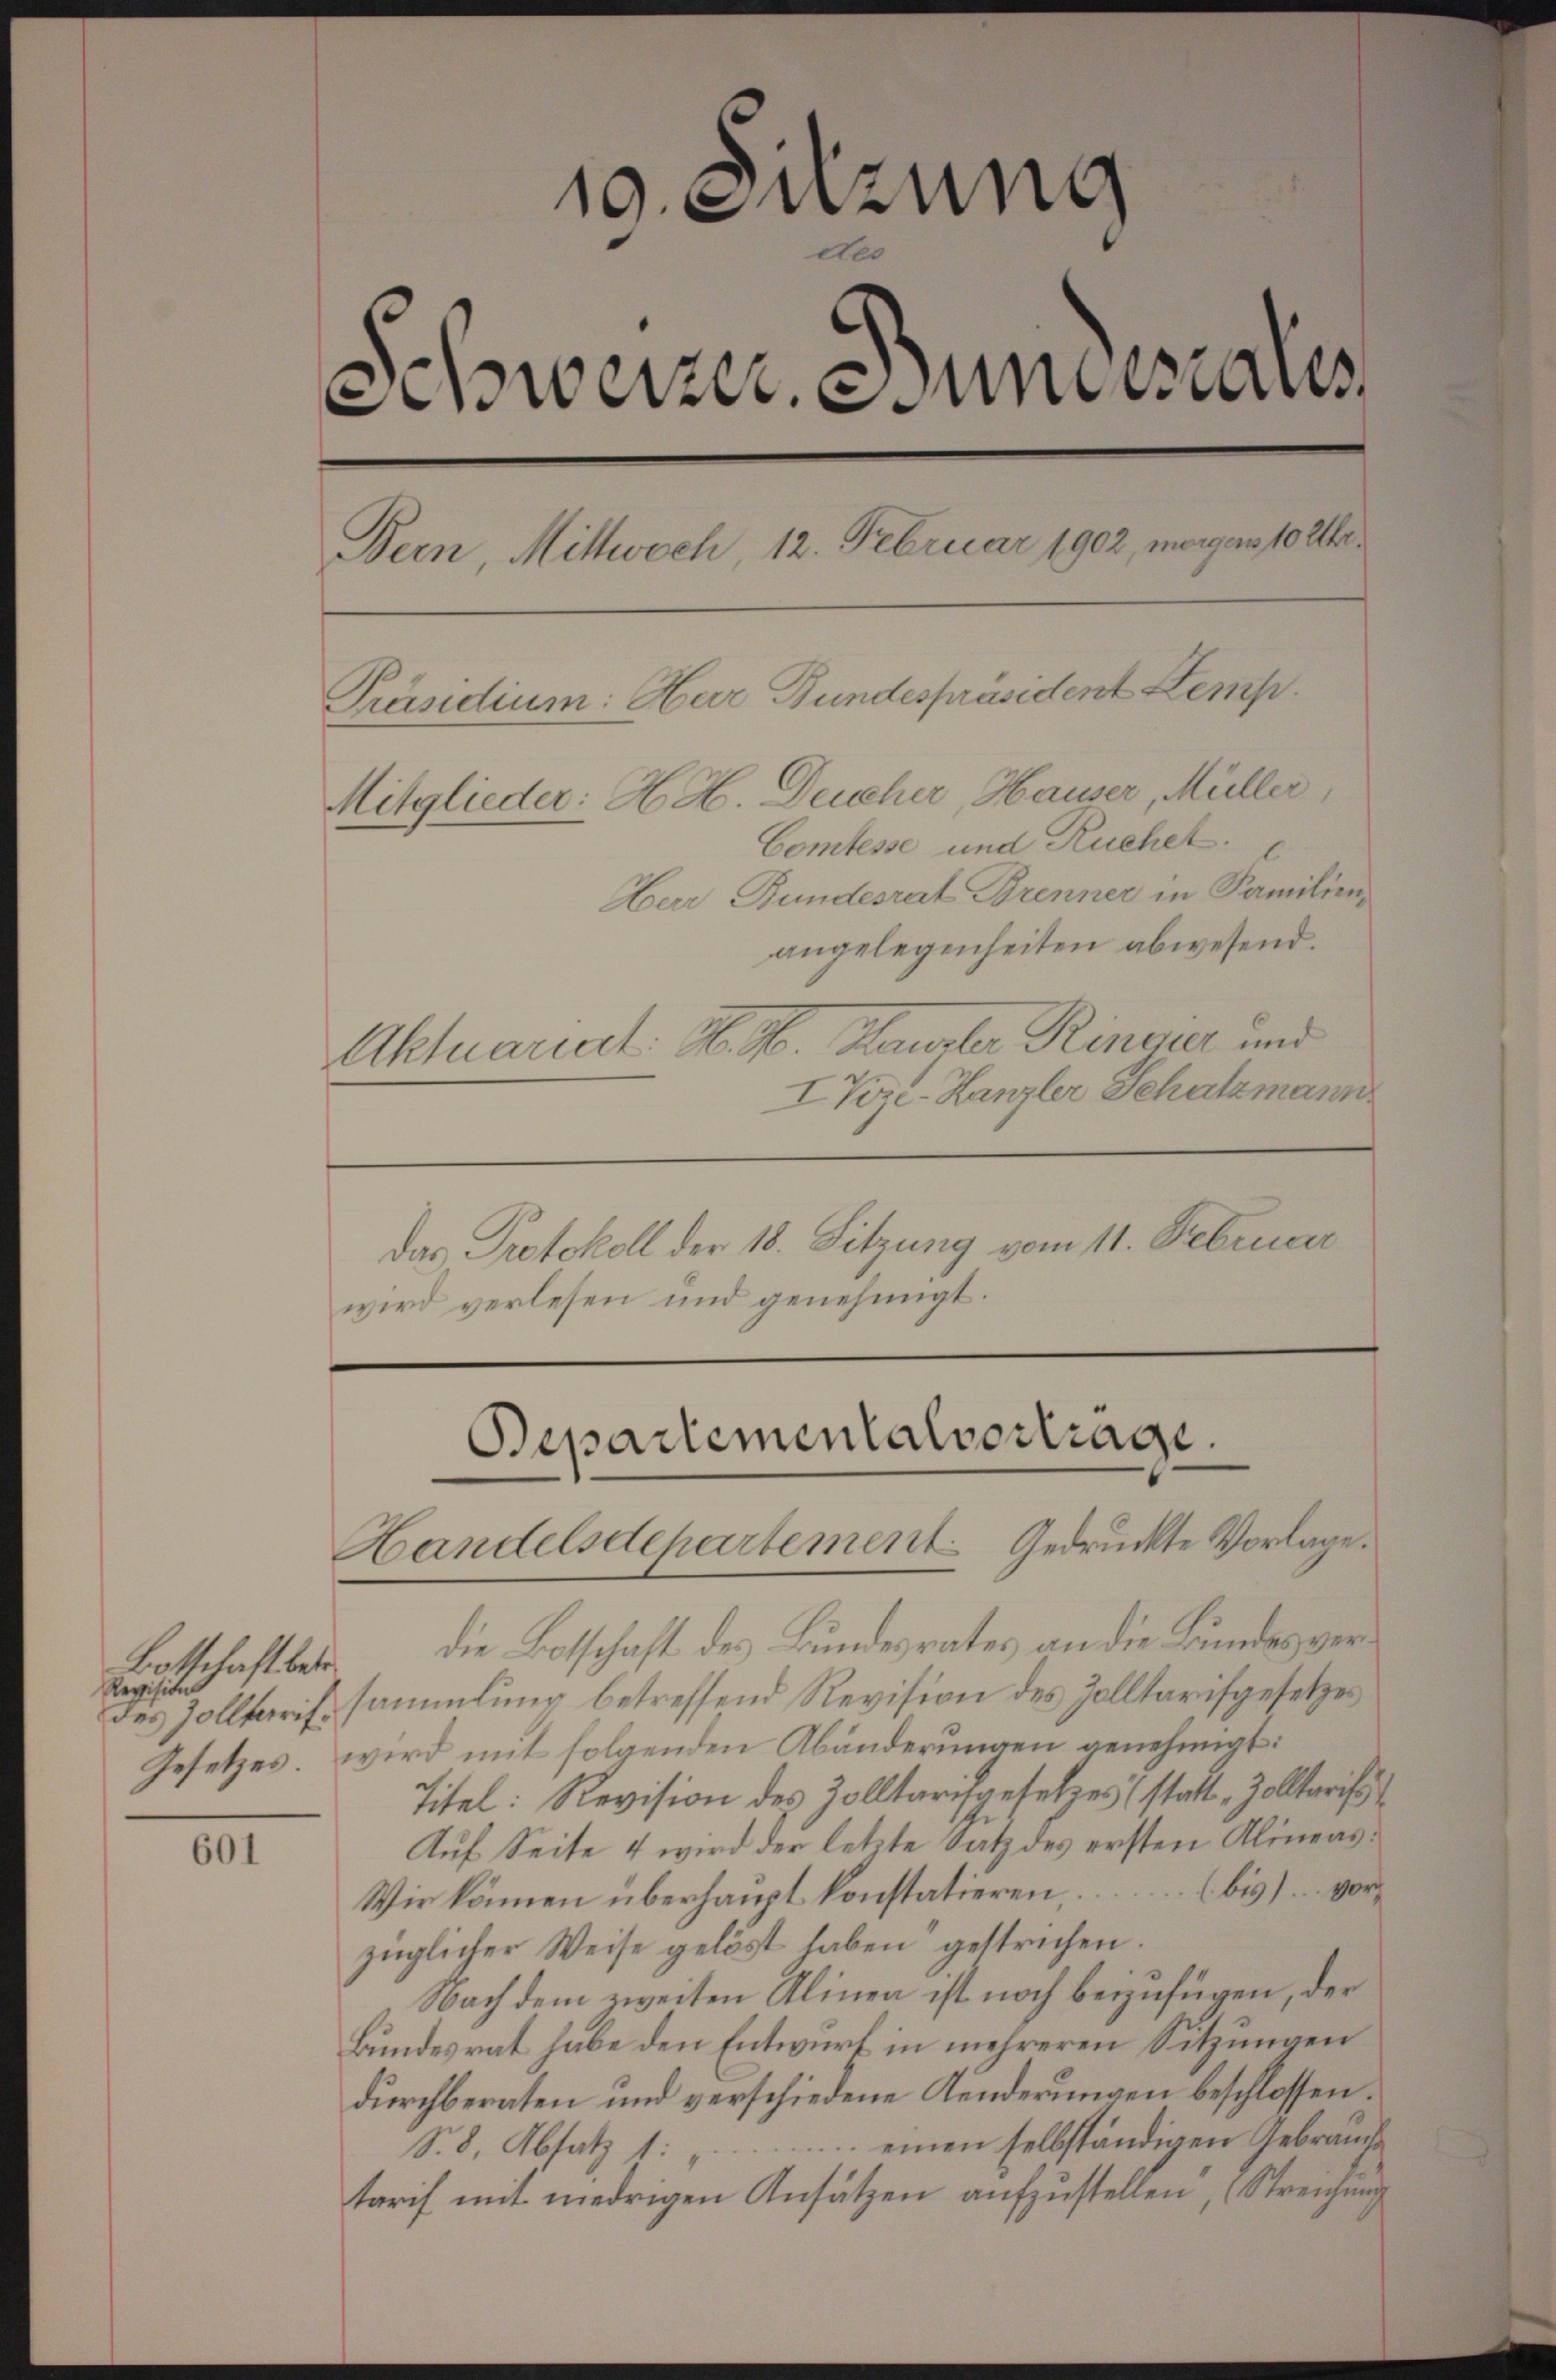
601

19. Suzung
A.
Amwerzere undesaus
Bern, Mittwoch, 12. Februar 1902, morgen 10 Uhr
Präsidium: Hur Bundespräsident Kemp
Mitglieder: H. H. Deucher, Hauser, Müller
Comtesse und Ruchel.
Herr Bundesrat Brenner in Familien,
angelegenheiten abwesend.
Aktuariat. H. H. Haupter Ringer und
IVize-Kanzler Schatzmann
das Protokoll der 18. Sitzung vom 11. Februar
wird verlesen und genehmigt.

Bottschaft betr.
Revision

die Botschaft des Bundesrates an die Bundes verdes Zolltarifsammlung betreffend Revision des Zolltarifgesetzes
Gesetzes, wird mit folgenden Abänderungen genehmigt:
Titel: Revision des Zolltarifgesetzes (statt „Zolltarifs
Auf Seite 4 wird der letzte Satz des ersten Alineas¬
(bis) vor-
Wir können überhaupt konstatieren.
züglicher Weise gelöst haben gestrichen.
Nach dem zweiten Alinen ist noch beizufügen, der
Bundesrat habe den Entwurf in mehreren Sitzungen
durchberaten und verschiedene Kinderungen beschlossen.
einen selbständigen Gebrauche
S. 8. Absatz 1:
tarif mit niedrigen Ansätzen aufzustellen, Streichung

Bepartementalvertrage
Handelsdepartement Gedruckte Vorlage.